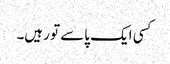
کسی ایک پاسے تو رہیں۔